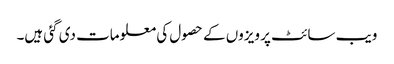
ویب سائٹ پر ویزوں کے حصول کی معلومات دی گئی ہیں۔